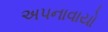
અપનાવાયો